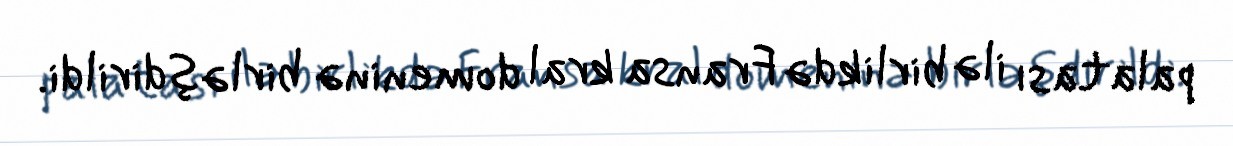
palatası ilə birlikdə Fransa kral domeninə birləşdirildi.